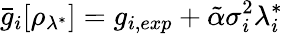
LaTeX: \bar{g}_{i}[\rho_{\lambda^{*}}]=g_{i,exp}+\tilde{\alpha}\sigma_{i}^{2}\lambda_{i}^{*}